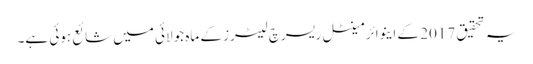
یہ تحقیق 2017 کے اینوائرمینٹل ریسرچ لیٹرز کے ماہِ جولائی میں شائع ہوئی ہے۔